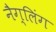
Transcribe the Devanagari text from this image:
नैग्लिंग